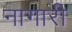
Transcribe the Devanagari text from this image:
नागारी